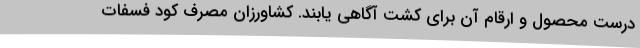
درست محصول و ارقام آن برای کشت آگاهی یابند. کشاورزان مصرف کود فسفات